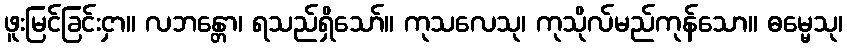
ဖူးမြင်ခြင်းငှာ။ လဘန္တော၊ ရသည်ရှိသော်။ ကုသလေသု၊ ကုသိုလ်မည်ကုန်သော။ ဓမ္မေသု၊